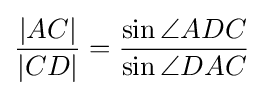
{\frac {|AC|}{|CD|}}={\frac {\sin \angle ADC}{\sin \angle DAC}}